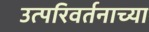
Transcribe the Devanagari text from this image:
उत्परिवर्तनाच्या